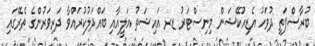
ބުރާސްފަތި ދުވަހު އެޑިއުކޭޝަން މިނިސްޓަރު ޑރ އައިޝަތު އަލީއާއި ބައްދަލުކުރައްވާ ދަރިވަރުންގެ ތެރޭގައި